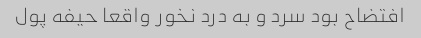
افتضاح بود سرد و به درد نخور واقعا حیفه پول